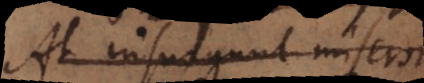
At insurgunt inferorum